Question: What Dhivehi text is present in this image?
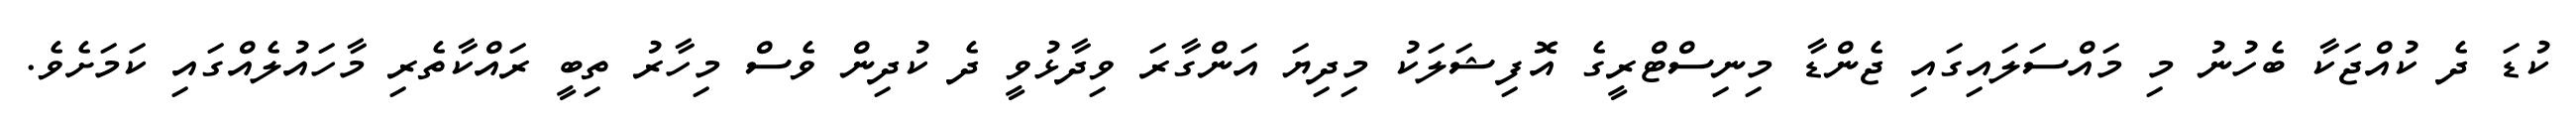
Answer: ކުޑަ ދެ ކުއްޖަކާ ބެހުނު މި މައްސަލައިގައި ޖެންޑާ މިނިސްޓްރީގެ އޮފިޝަލަކު މިދިޔަ އަންގާރަ ވިދާޅުވީ ދެ ކުދިން ވެސް މިހާރު ތިބީ ރައްކާތެރި މާހައުލެއްގައި ކަމަށެވެ.